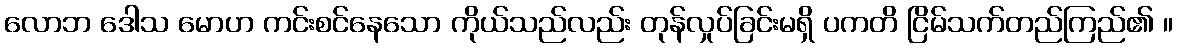
လောဘ ဒေါသ မောဟ ကင်းစင်နေသော ကိုယ်သည်လည်း တုန်လှုပ်ခြင်းမရှိ ပကတိ ငြိမ်သက်တည်ကြည်၏ ။